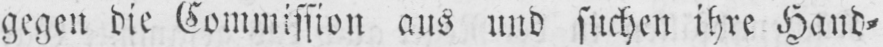
gegen die Commission aus und suchen ihre Hand⸗